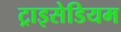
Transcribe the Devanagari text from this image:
ट्राइसेडियम